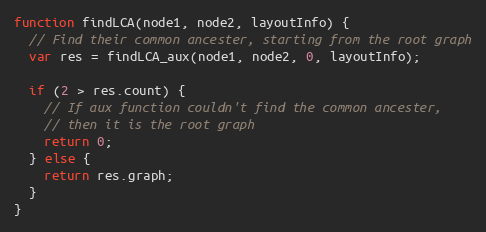
Language: JavaScript
function findLCA(node1, node2, layoutInfo) {
  // Find their common ancester, starting from the root graph
  var res = findLCA_aux(node1, node2, 0, layoutInfo);

  if (2 > res.count) {
    // If aux function couldn't find the common ancester,
    // then it is the root graph
    return 0;
  } else {
    return res.graph;
  }
}